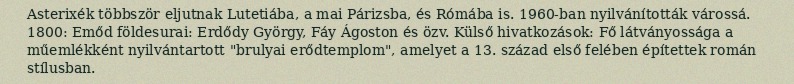
Asterixék többször eljutnak Lutetiába, a mai Párizsba, és Rómába is. 1960-ban nyilvánították várossá. 1800: Emőd földesurai: Erdődy György, Fáy Ágoston és özv. Külső hivatkozások: Fő látványossága a műemlékként nyilvántartott "brulyai erődtemplom", amelyet a 13. század első felében építettek román stílusban.